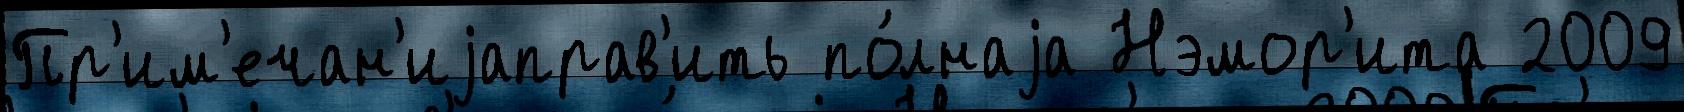
Пр'им'ечан'иjаправ'ить по́лнаjа Нэмор'ита 2009